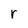
Character: r